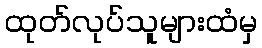
ထုတ်လုပ်သူများထံမှ